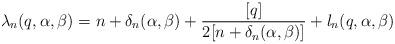
LaTeX: \begin{align*} {\lambda _n}(q, \alpha, \beta) = n + {\delta _n}(\alpha, \beta)+ \frac{{[q]}}{{2[n + {\delta _n}(\alpha, \beta)]}}+ {l_n}(q, \alpha, \beta) \end{align*}